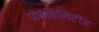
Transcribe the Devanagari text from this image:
प्रोबेबिलिटीज़